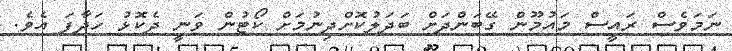
ނަމަވެސް ރައީސް މައުމޫން ގޭބަންދަށް ބަދަލުކޮށްދިނުމަށް ކޯޓުން ވަނީ ދެކޮޅު ހަދާފަ އެވެ.